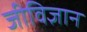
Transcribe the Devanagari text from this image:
जीविज्ञान